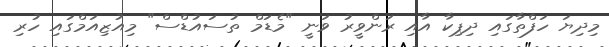
މިދިޔަ ހަފްތާގައި ދިޕިކާ އާއި ރަންވީރު ވަނީ "މެޑަމް ތުސައުޑްސް" މިއުޒިއަމްގައި ހުރި